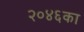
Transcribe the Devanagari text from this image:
२०४६का